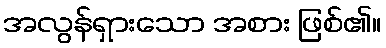
အလွန်ရှားသော အစား ဖြစ်၏။